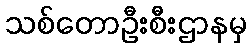
သစ်တောဦးစီးဌာနမှ